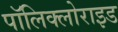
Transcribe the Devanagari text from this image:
पॉलिक्लोराइड